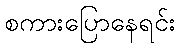
စကားပြောနေရင်း